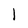
Character: 1